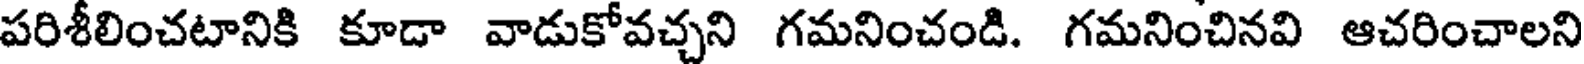
పరిశీలించటానికి కూడా వాడుకోవచ్చని గమనించండి. గమనించినవి ఆచరించాలని